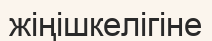
жіңішкелігіне